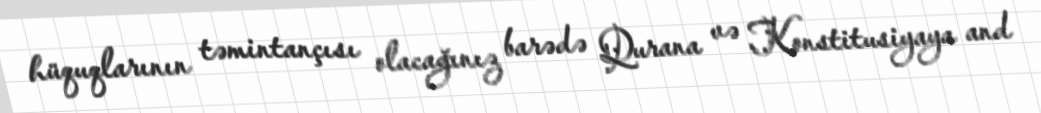
hüquqlarının təmintançısı olacağınız barədə Qurana və Konstitusiyaya and